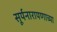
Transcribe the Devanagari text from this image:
सूर्यनारायणाच्या